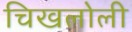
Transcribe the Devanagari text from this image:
चिखलोली